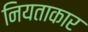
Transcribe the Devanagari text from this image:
नियताकार